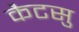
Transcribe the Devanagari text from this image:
कैटसु